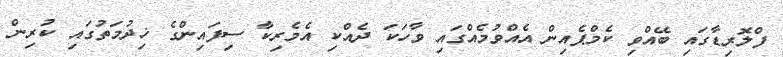
ފްލޮރިޑާގައި ބޭއްވި ކެމްޕެއިން އެއްވުމެއްގައި ވާހަކަ ދެއްކި އެމެރިކާ ސިފައިންގެ ޚިދުމަތުގައި ކުރިން